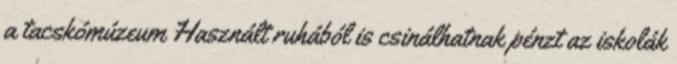
a tacskómúzeum Használt ruhából is csinálhatnak pénzt az iskolák